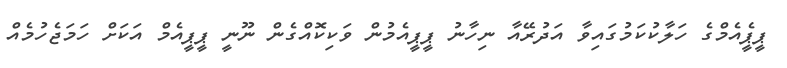
ޕީޕީެއެމްގެ ހަލާކުކަމުގައިވާ އަދުރޭއާ ނިހާނު ޕީޕީއެމުން ވަކިކޮއްގެން ނޫނީ ޕީޕީއެމް އަކަށް ހަމަޖެހުމެއް